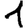
Digit: 1